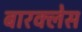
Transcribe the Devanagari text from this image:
बारक्लेस